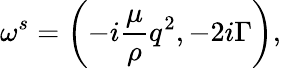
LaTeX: \omega^{s}=\left(-i\frac{\mu}{\rho}q^{2},-2i\Gamma\right),